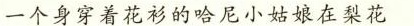
一个身穿着花衫的哈尼小姑娘在梨花